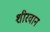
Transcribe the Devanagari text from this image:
शीरवान